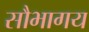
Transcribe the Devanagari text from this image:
सौभागय